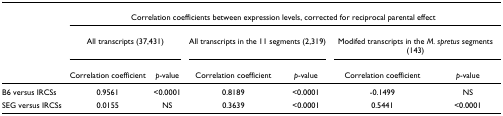
<table><thead><tr><td></td><td colspan="6"><b>Correlation coefficients between expression levels, corrected for reciprocal parental effect</b></td></tr><tr><td></td><td colspan="2"><b>All transcripts (37,431)</b></td><td colspan="2"><b>All transcripts in the 11 segments (2,319)</b></td><td colspan="2"><b>Modifed transcripts in the <i>M. spretus </i>segments (143)</b></td></tr><tr><td></td><td><b>Correlation coefficient</b></td><td><b><i>p</i>-value</b></td><td><b>Correlation coefficient</b></td><td><b><i>p</i>-value</b></td><td><b>Correlation coefficient</b></td><td><b><i>p</i>-value</b></td></tr></thead><tbody><tr><td>B6 versus IRCSs</td><td>0.9561</td><td>&lt;0.0001</td><td>0.8189</td><td>&lt;0.0001</td><td>-0.1499</td><td>NS</td></tr><tr><td>SEG versus IRCSs</td><td>0.0155</td><td>NS</td><td>0.3639</td><td>&lt;0.0001</td><td>0.5441</td><td>&lt;0.0001</td></tr></tbody></table>